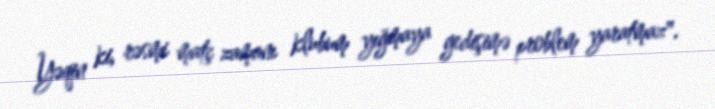
Yəqin ki, rəsmi matç zamanı klubum yığmaya gedişimə problem yaratmaz".